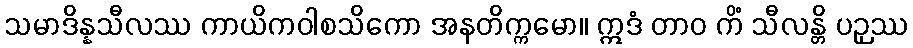
သမာဒိန္နသီလဿ ကာယိကဝါစသိကော အနတိက္ကမော။ ဣဒံ တာဝ ကိံ သီလန္တိ ပဉှဿ